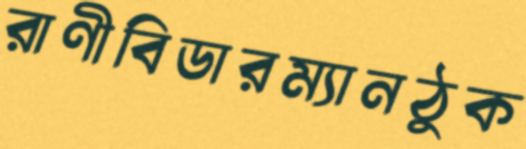
রাণীবিডারম্যানঠুক